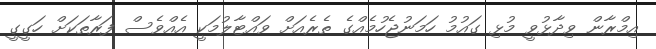
އިމްރާން ވިދާޅުވީ މުޅި ގައުމު ހަމަނުޖެހުމެއްގެ ތެރެއަށް ވައްޓާލުމަކީ އެއްވެސް ފަރާތަކަށް ހަގީގީ